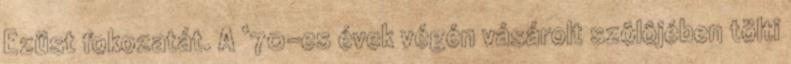
Ezüst fokozatát. A ‘70-es évek végén vásárolt szôlôjében tölti